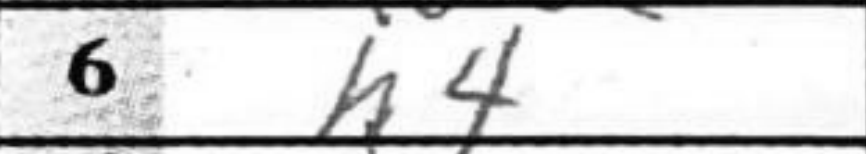
Transcription: h4